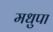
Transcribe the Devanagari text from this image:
मधुपा